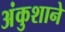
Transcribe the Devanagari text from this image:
अंकुशाने